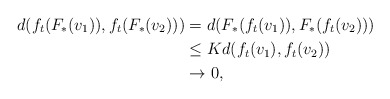
\begin{align*} d(f_t(F_\ast(v_1)), f_t(F_\ast(v_2))) & = d (F_\ast(f_t(v_1)), F_\ast(f_t(v_2))) \\ & \leq K d(f_t(v_1),f_t(v_2)) \\ & \to 0,\end{align*}